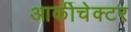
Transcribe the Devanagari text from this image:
आर्कीचेक्टर